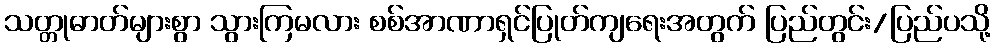
သတ္တုဓာတ်များစွာ သွားကြမလား စစ်အာဏာရှင်ပြုတ်ကျရေးအတွက် ပြည်တွင်း/ပြည်ပသို့